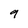
Character: 9